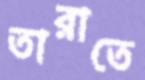
তারাতে